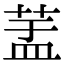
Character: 𦱃